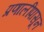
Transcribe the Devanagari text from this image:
प्रणालींपासून